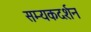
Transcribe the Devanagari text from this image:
सम्यकदर्शन